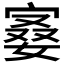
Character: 𪧙